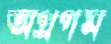
অগ্রগম